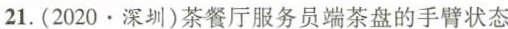
21.(2020\cdot 深圳)茶餐厅服务员端茶盘的手臂状态